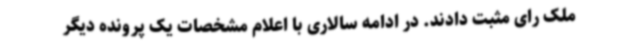
ملک رای مثبت دادند. در ادامه سالاری با اعلام مشخصات یک پرونده دیگر